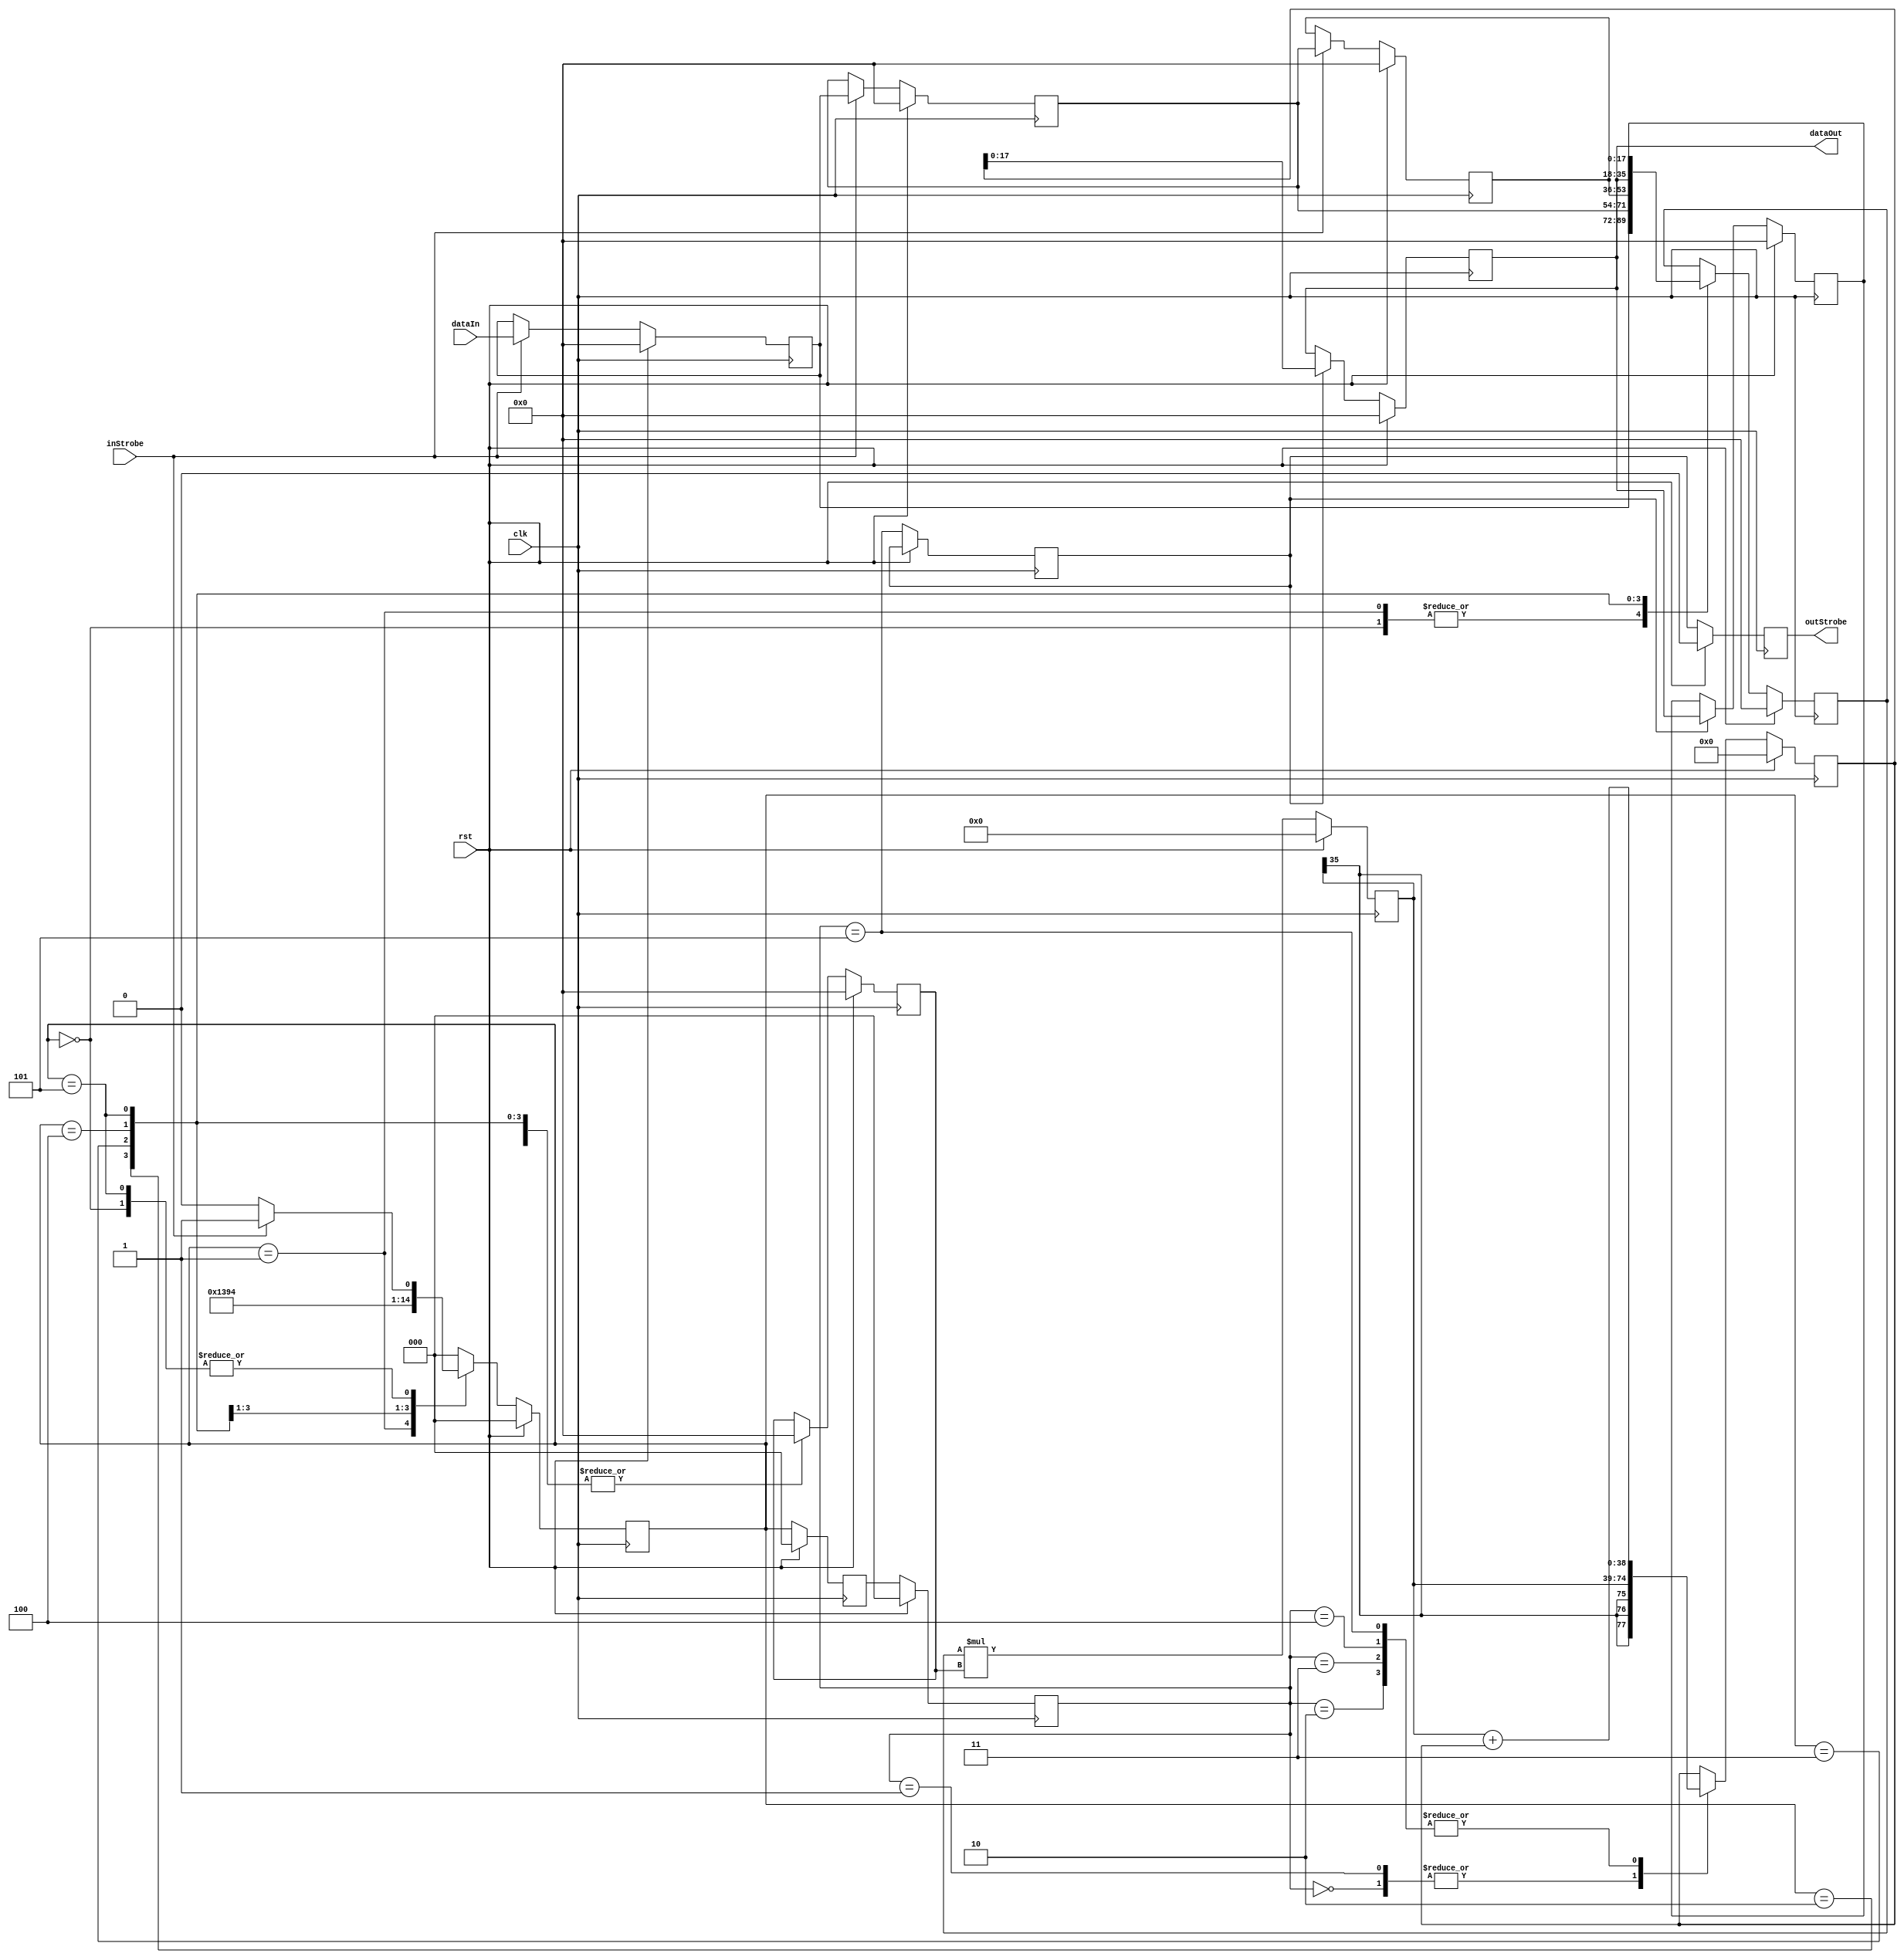
module BiquadCascade #(
    parameter WIDTH_D = 18, // Data path width
    parameter WIDTH_C = 18, // Coeffecient bit width
    parameter COEFF_B0 = 0, // Coeffecient B0
    parameter COEFF_B1 = 0, // Coeffecient B1
    parameter COEFF_B2 = 0, // Coeffecient B2
    parameter COEFF_A1 = 0, // Coeffecient A1
    parameter COEFF_A2 = 0, // Coeffecient A2
    parameter SCALING  = 0  // Output downscaling
)
(
    input  clk,                         // System clock
    input  rst,                         // Reset, active high & synchronous
    input  inStrobe,                    // Strobe on new dataIn
    input  signed [WIDTH_D-1:0] dataIn, // Input to filter
    output reg outStrobe,               // Strobes on new dataOut
    output signed [WIDTH_D-1:0] dataOut // Output from filter
);

localparam ST_IDLE = 0;
localparam ST_X_B0 = 1;
localparam ST_X_B1 = 2;
localparam ST_X_B2 = 3;
localparam ST_Y_A1 = 4;
localparam ST_Y_A2 = 5;

// Calculation Engine Registers
reg signed [WIDTH_D-1:0] multInA;
reg signed [WIDTH_C-1:0] multInB;
reg signed [WIDTH_D+WIDTH_C-1:0] multOut;
reg signed [WIDTH_D+WIDTH_C+2:0] adderOut; // Allocate for multiply + 3 bits adder growth
reg signed [WIDTH_D-1:0] y;
reg signed [WIDTH_D-1:0] yD1;
reg signed [WIDTH_D-1:0] x;
reg signed [WIDTH_D-1:0] xD1;
reg signed [WIDTH_D-1:0] xD2;

// State Machine Registers
reg [2:0] state;
reg [2:0] stateD1;
reg [2:0] stateD2;
reg storeY;

// Zero out everything for initialization
initial begin
    y       = 'd0;
    yD1     = 'd0;
    x       = 'd0;
    xD1     = 'd0;
    xD2     = 'd0;
    multInA = 'd0;
    multInB = 'd0;
    multOut = 'd0;
    adderOut = 'd0;
    state   = ST_IDLE;
    stateD1 = ST_IDLE;
    stateD2 = ST_IDLE;
    storeY  = 1'b0;
    outStrobe = 1'b0;
end



assign dataOut = y;

// Calculation Engine - Should infer to DSP48 in Xilinx
always @(posedge clk) begin
    if (rst) begin
        y         <= 'd0;
        yD1       <= 'd0;
        x         <= 'd0;
        xD1       <= 'd0;
        xD2       <= 'd0;
        multInA   <= 'd0;
        multInB   <= 'd0;
        multOut   <= 'd0;
        adderOut  <= 'd0;
        outStrobe <= 1'b0;
    end
    else begin
        // Register X & delayed X on enable strobe
        if (inStrobe) begin
            x   <= dataIn;
            xD1 <= x;
            xD2 <= xD1;
        end
        // Register Y & delayed Y on output strobe
        if (storeY) begin
            y <= adderOut[SCALING+:WIDTH_D];
            yD1 <= y;
        end
        outStrobe <= storeY;
        // Determine inputs into multiplier (DSP48)
        case (state)
            ST_IDLE : begin
                multInA <= x;
                multInB <= COEFF_B0;
            end
            ST_X_B0 : begin
                multInA <= x;
                multInB <= COEFF_B0;
            end
            ST_X_B1 : begin
                multInA <= xD1;
                multInB <= COEFF_B1;
            end
            ST_X_B2 : begin 
                multInA <= xD2;
                multInB <= COEFF_B2;
            end
            ST_Y_A1 : begin 
                multInA <= y;
                multInB <= COEFF_A1;
            end
            ST_Y_A2 : begin 
                multInA <= yD1;
                multInB <= COEFF_A2;
            end
        endcase
        // Determine Adder Function (DSP48)
        case (stateD2)
            ST_IDLE : begin
                adderOut <= multOut;
            end
            ST_X_B0 : begin
                adderOut <= multOut;
            end
            ST_X_B1 : begin
                adderOut <= multOut + adderOut;
            end
            ST_X_B2 : begin 
                adderOut <= multOut + adderOut;
            end
            ST_Y_A1 : begin 
                adderOut <= multOut + adderOut;
            end
            ST_Y_A2 : begin 
                adderOut <= multOut + adderOut;
            end
        endcase
        multOut <= multInA * multInB;
    end
end

// State Machine to drive inputs to calculation engine
always @(posedge clk) begin
    if (rst) begin
        state   <= ST_IDLE;
        stateD1 <= ST_IDLE;
        stateD2 <= ST_IDLE;
    end
    else begin
        stateD1 <= state;
        stateD2 <= stateD1;
        storeY  <= (stateD2 == ST_Y_A2);
        case (state)
            ST_IDLE : state <= (inStrobe) ? ST_X_B0 : ST_IDLE;
            ST_X_B0 : state <= ST_X_B1;
            ST_X_B1 : state <= ST_X_B2;
            ST_X_B2 : state <= ST_Y_A1;
            ST_Y_A1 : state <= ST_Y_A2;
            ST_Y_A2 : state <= (inStrobe) ? ST_X_B0 : ST_IDLE;
            default : state <= ST_IDLE;
        endcase
    end
end

endmodule